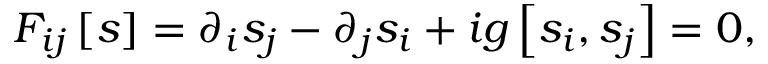
F _ { i j } \left[ s \right] = \partial _ { i } s _ { j } - \partial _ { j } s _ { i } + i g \left[ s _ { i } , s _ { j } \right] = 0 ,